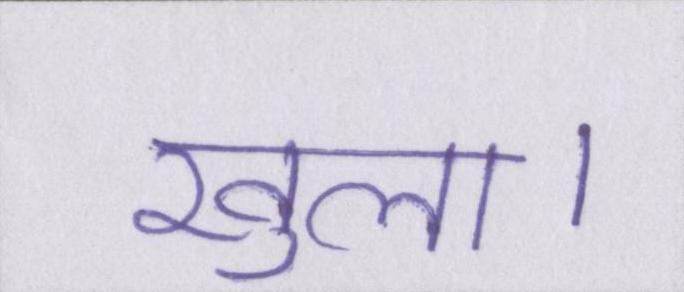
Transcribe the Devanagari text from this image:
खुला।